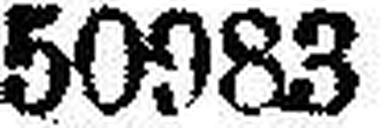
50983